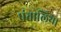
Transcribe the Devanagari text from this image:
पंतालिया